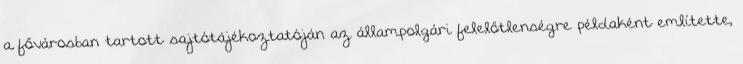
a fővárosban tartott sajtótájékoztatóján az állampolgári felelőtlenségre példaként említette,